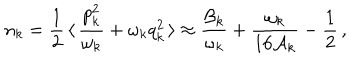
n _ { k } = \frac { 1 } { 2 } \, \langle \, \frac { p _ { k } ^ { 2 } } { \omega _ { k } } + \omega _ { k } q _ { k } ^ { 2 } \, \rangle \approx \frac { { \cal B } _ { k } } { \omega _ { k } } + \frac { \omega _ { k } } { 1 6 { \cal A } _ { k } } - \frac { 1 } { 2 } \, ,